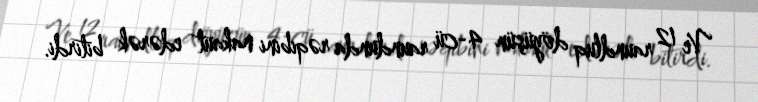
Ve 12 raundluq döyüşün 4-cü raundunda rəqibini nakaut edərək bitirdi.